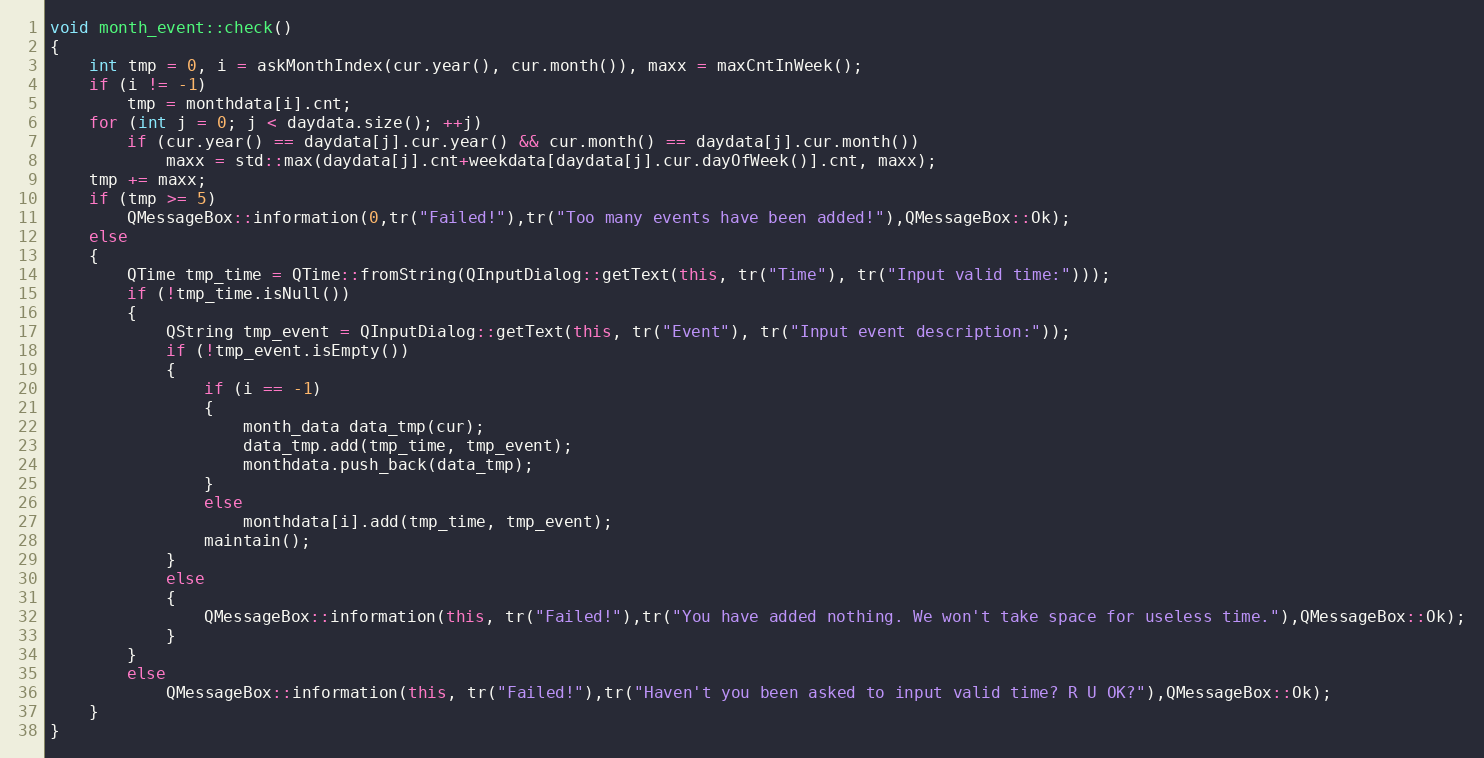
Language: C++
void month_event::check()
{
    int tmp = 0, i = askMonthIndex(cur.year(), cur.month()), maxx = maxCntInWeek();
    if (i != -1)
        tmp = monthdata[i].cnt;
    for (int j = 0; j < daydata.size(); ++j)
        if (cur.year() == daydata[j].cur.year() && cur.month() == daydata[j].cur.month())
            maxx = std::max(daydata[j].cnt+weekdata[daydata[j].cur.dayOfWeek()].cnt, maxx);
    tmp += maxx;
    if (tmp >= 5)
        QMessageBox::information(0,tr("Failed!"),tr("Too many events have been added!"),QMessageBox::Ok);
    else
    {
        QTime tmp_time = QTime::fromString(QInputDialog::getText(this, tr("Time"), tr("Input valid time:")));
        if (!tmp_time.isNull())
        {
            QString tmp_event = QInputDialog::getText(this, tr("Event"), tr("Input event description:"));
            if (!tmp_event.isEmpty())
            {
                if (i == -1)
                {
                    month_data data_tmp(cur);
                    data_tmp.add(tmp_time, tmp_event);
                    monthdata.push_back(data_tmp);
                }
                else
                    monthdata[i].add(tmp_time, tmp_event);
                maintain();
            }
            else
            {
                QMessageBox::information(this, tr("Failed!"),tr("You have added nothing. We won't take space for useless time."),QMessageBox::Ok);
            }
        }
        else
            QMessageBox::information(this, tr("Failed!"),tr("Haven't you been asked to input valid time? R U OK?"),QMessageBox::Ok);
    }
}